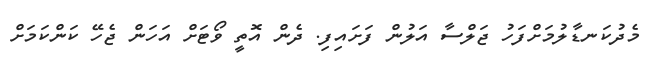
މެދުކަނޑާލުމަށްފަހު ޖަލްސާ އަލުން ފަށައިފި. ދެން އޮތީ ވޯޓަށް އަހަން ޖެހޭ ކަންކަމަށް